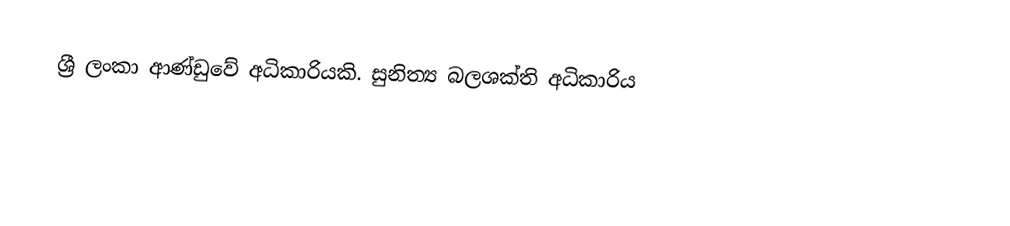
ශ්‍රී ලංකා ආණ්ඩුවේ අධිකාරියකි. සුනිත්‍ය බලශක්ති අධිකාරිය